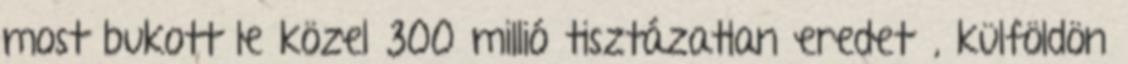
most bukott le közel 300 millió tisztázatlan eredetű, külföldön